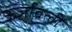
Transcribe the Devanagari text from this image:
ऊर्जावली